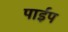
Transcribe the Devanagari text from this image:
पार्इप